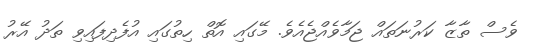
ވެސް ތާޒާ ކަރުނަތައް ޖަމާވެއްޖެއެވެ. މޭގައި އޮތް ހިތުގައި އުފެދިފައިވި ތަދު އޭރު